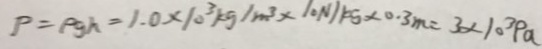
P = \rho g h = 1 . 0 \times 1 0 ^ { 3 } k g / m ^ { 3 } \times 1 0 N / k g \times 0 . 3 m = 3 \times 1 0 ^ { 3 } P a